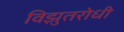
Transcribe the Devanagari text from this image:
विझुतरोधी